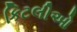
કિટલીઓ